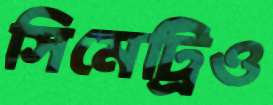
সিমেট্রিও